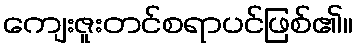
ကျေးဇူးတင်စရာပင်ဖြစ်၏။